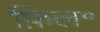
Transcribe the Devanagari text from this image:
फ़िल॰